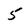
Character: 5